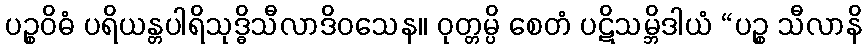
ပဉ္စဝိဓံ ပရိယန္တပါရိသုဒ္ဓိသီလာဒိဝသေန။ ဝုတ္တမ္ပိ စေတံ ပဋိသမ္ဘိဒါယံ “ပဉ္စ သီလာနိ